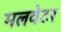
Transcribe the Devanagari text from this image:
मलवेटर